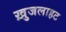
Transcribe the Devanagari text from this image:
ख़ुजलाहट